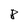
Character: 8